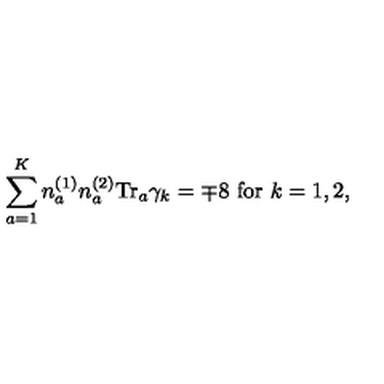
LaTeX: \sum _ { a = 1 } ^ { K } n _ { a } ^ { ( 1 ) } n _ { a } ^ { ( 2 ) } \mathrm { T r } _ { a } \gamma _ { k } = \mp 8 \ \mathrm { f o r } \ k = 1 , 2 ,